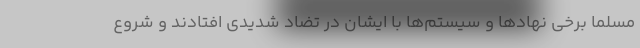
مسلماً برخی نهاد‌ها و سیستم‌ها با ایشان در تضاد شدیدی افتادند و شروع